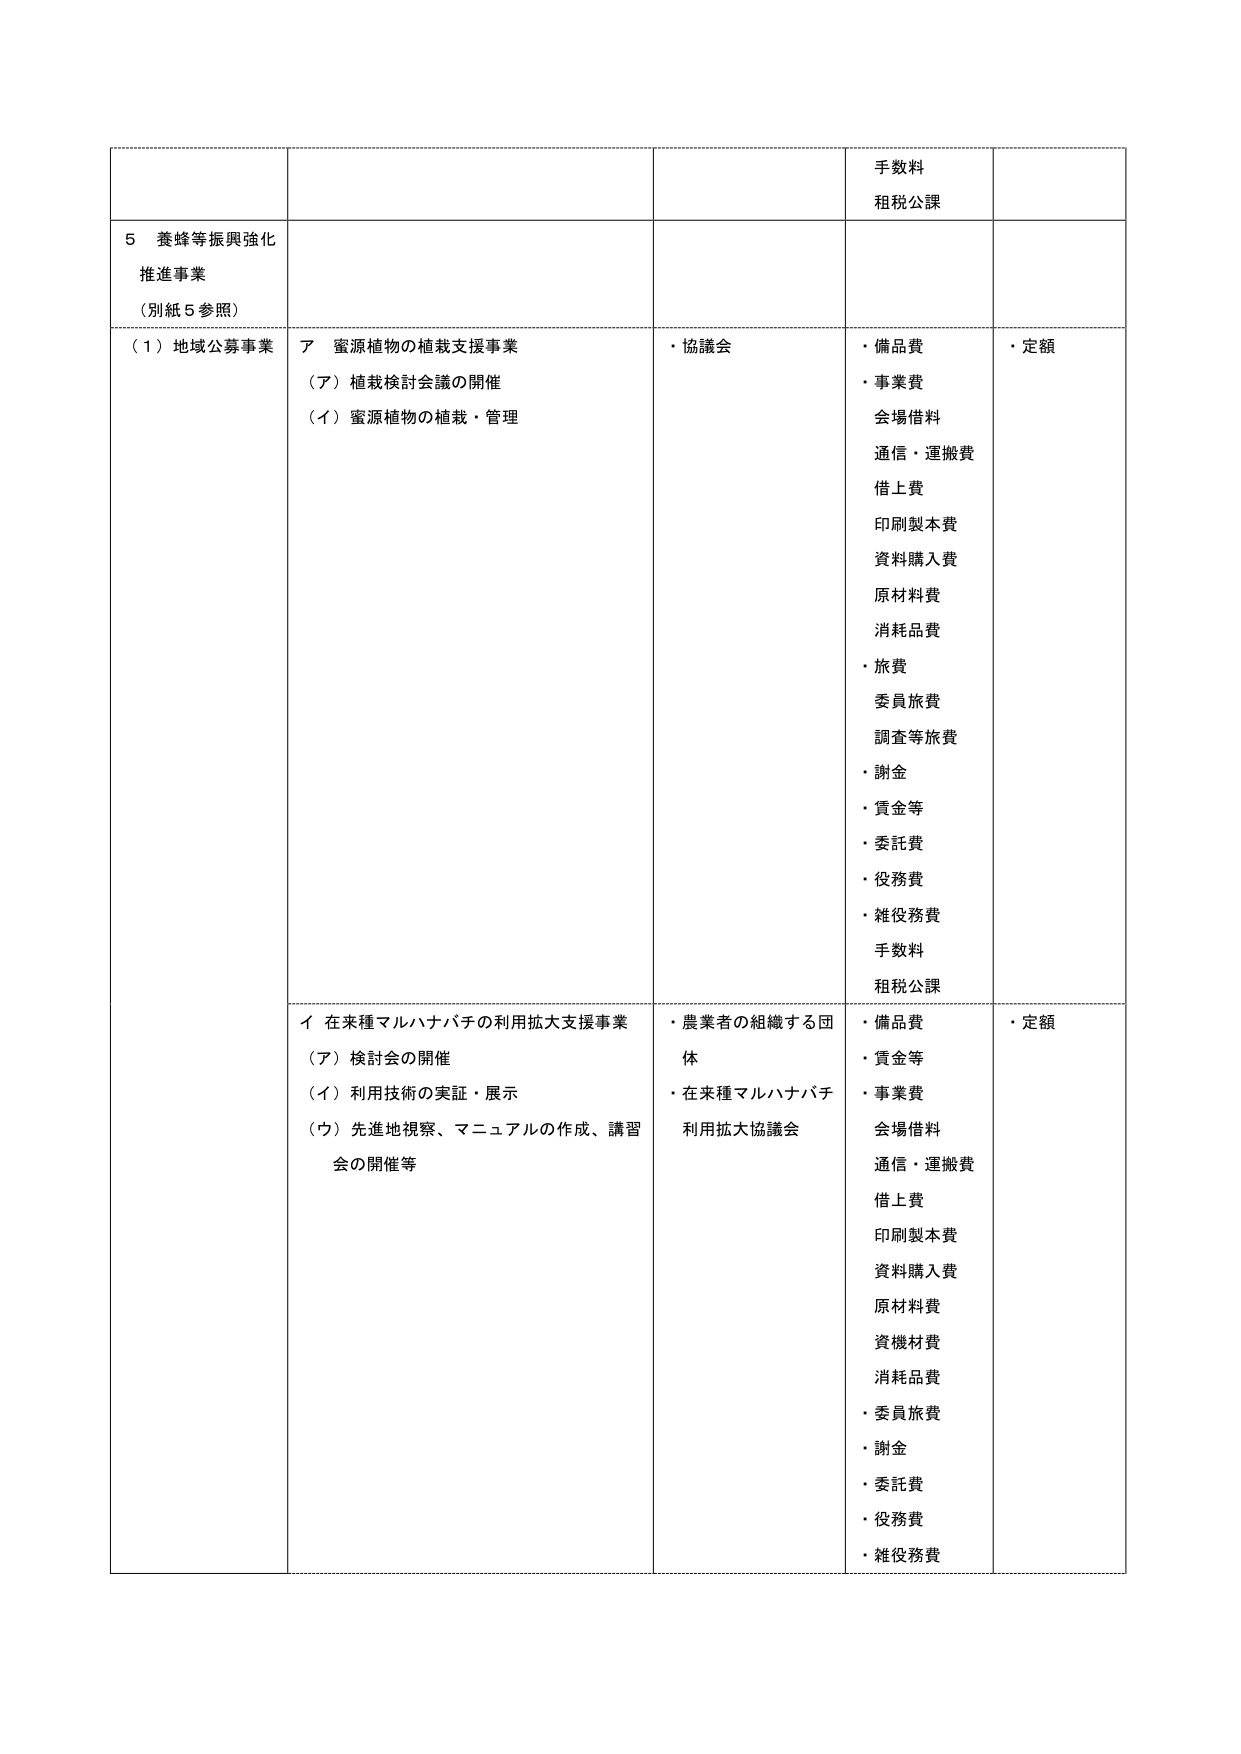
手数料
租税公課

５ 養蜂等振興強化
推進事業
（別紙５参照）

（１）地域公募事業
ア 蜜源植物の植栽支援事業
（ア）植栽検討会議の開催
（イ）蜜源植物の植栽・管理

・協議会

・備品費
・事業費
会場借料
通信・運搬費
借上費
印刷製本費
資料購入費
原材料費
消耗品費
・旅費
委員旅費
調査等旅費
・謝金
・賃金等
・委託費
・役務費
・雑役務費
手数料
租税公課

・定額

イ 在来種マルハナバチの利用拡大支援事業
（ア）検討会の開催
（イ）利用技術の実証・展示
（ウ）先進地視察、マニュアルの作成、講習会の開催等

・農業者の組織する団体
・在来種マルハナバチ利用拡大協議会

・備品費
・賃金等
・事業費
会場借料
通信・運搬費
借上費
印刷製本費
資料購入費
原材料費
資機材費
消耗品費
・委員旅費
・謝金
・委託費
・役務費
・雑役務費

・定額